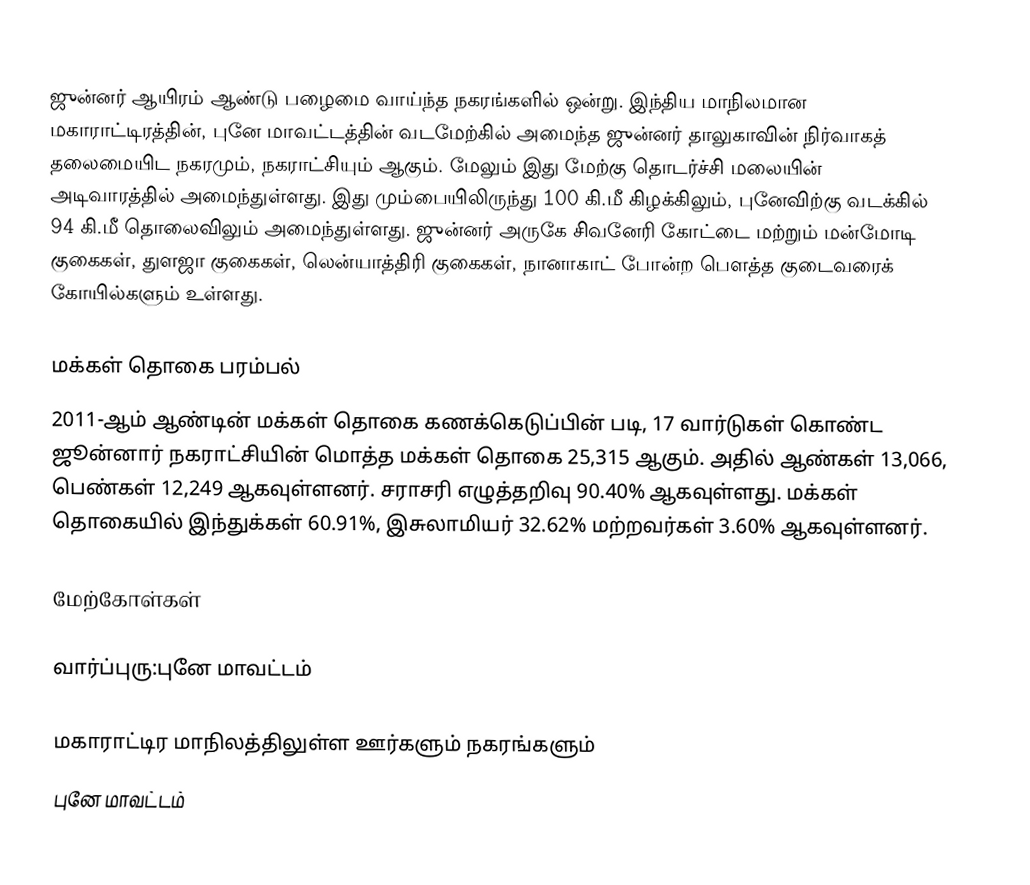
ஜுன்னர் ஆயிரம் ஆண்டு பழைமை வாய்ந்த நகரங்களில் ஒன்று. இந்திய மாநிலமான மகாராட்டிரத்தின், புனே மாவட்டத்தின் வடமேற்கில் அமைந்த ஜுன்னர் தாலுகாவின் நிர்வாகத் தலைமையிட நகரமும், நகராட்சியும் ஆகும். மேலும் இது மேற்கு தொடர்ச்சி மலையின் அடிவாரத்தில் அமைந்துள்ளது. இது மும்பையிலிருந்து 100 கி.மீ கிழக்கிலும், புனேவிற்கு வடக்கில் 94 கி.மீ தொலைவிலும் அமைந்துள்ளது. ஜுன்னர் அருகே  சிவனேரி கோட்டை மற்றும் மன்மோடி குகைகள், துளஜா குகைகள்,  லென்யாத்திரி குகைகள், நானாகாட் போன்ற பௌத்த குடைவரைக் கோயில்களும் உள்ளது.

மக்கள் தொகை பரம்பல்
2011-ஆம் ஆண்டின் மக்கள் தொகை கணக்கெடுப்பின் படி, 17 வார்டுகள் கொண்ட ஜூன்னார் நகராட்சியின் மொத்த மக்கள் தொகை 25,315 ஆகும். அதில் ஆண்கள் 13,066, பெண்கள் 12,249 ஆகவுள்ளனர். சராசரி எழுத்தறிவு 90.40% ஆகவுள்ளது. மக்கள் தொகையில் இந்துக்கள் 60.91%, இசுலாமியர் 32.62% மற்றவர்கள் 3.60% ஆகவுள்ளனர்.

மேற்கோள்கள்

வார்ப்புரு:புனே மாவட்டம்

மகாராட்டிர மாநிலத்திலுள்ள ஊர்களும் நகரங்களும்
புனே மாவட்டம்